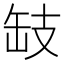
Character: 𢻂